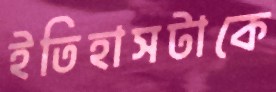
ইতিহাসটাকে